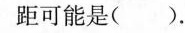
距可能是( )。